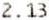
2.13